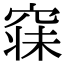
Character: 𥧌